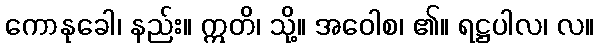
ကောနုခေါ၊ နည်း။ ဣတိ၊ သို့။ အဝေါစ၊ ၏။ ရဋ္ဌပါလ၊ လ။